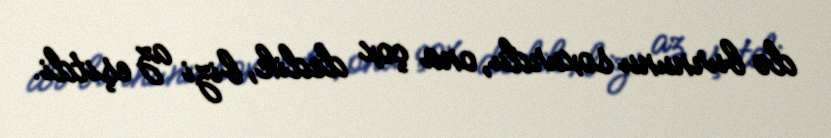
də burnunu soxurdu, ona çox dedik, bizi az eşitdi.